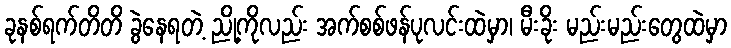
ခုနစ်ရက်တိတိ ခွဲနေရတဲ့ ညို့ကိုလည်း အက်စစ်ဖန်ပုလင်းထဲမှာ၊ မီးခိုး မည်းမည်းတွေထဲမှာ